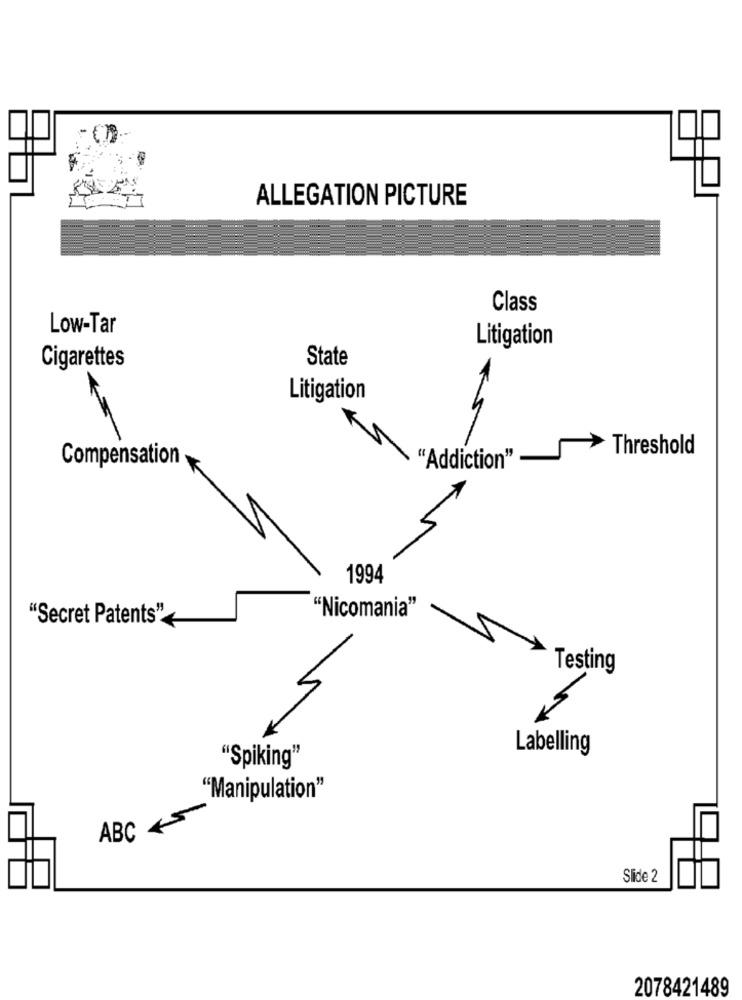
ALLEGATION PICTURE
Class
Low-Tar
Litigation
State
Cigarettes
Litigation
-
Threshold
Compensation
"Addiction"
1994
"Nicomania"
"Secret Patents"
Testing
Labelling
"Spiking"
"Manipulation"
-
ABC +
Slide 2
2078421489